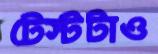
টেস্টটাও